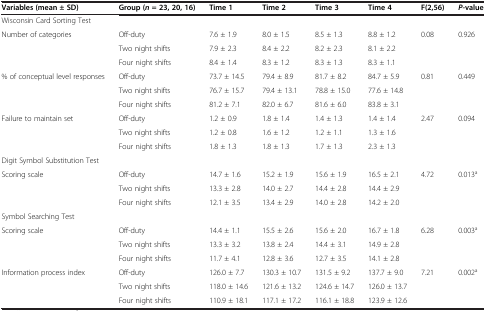
<table><thead><tr><td><b>Variables (mean ± SD)</b></td><td><b>Group (<i>n</i>= 23, 20, 16)</b></td><td><b>Time 1</b></td><td><b>Time 2</b></td><td><b>Time 3</b></td><td><b>Time 4</b></td><td><b>F(2,56)</b></td><td><b><i>P-</i>value</b></td></tr></thead><tbody><tr><td>Wisconsin Card Sorting Test</td><td></td><td></td><td></td><td></td><td></td><td></td><td></td></tr><tr><td rowspan="3">Number of categories</td><td>Off-duty</td><td>7.6 ± 1.9</td><td>8.0 ± 1.5</td><td>8.5 ± 1.3</td><td>8.8 ± 1.2</td><td rowspan="3">0.08</td><td rowspan="3">0.926</td></tr><tr><td>Two night shifts</td><td>7.9 ± 2.3</td><td>8.4 ± 2.2</td><td>8.2 ± 2.3</td><td>8.1 ± 2.2</td></tr><tr><td>Four night shifts</td><td>8.4 ± 1.4</td><td>8.3 ± 1.2</td><td>8.3 ± 1.3</td><td>8.3 ± 1.1</td></tr><tr><td rowspan="3">% of conceptual level responses</td><td>Off-duty</td><td>73.7 ± 14.5</td><td>79.4 ± 8.9</td><td>81.7 ± 8.2</td><td>84.7 ± 5.9</td><td rowspan="3">0.81</td><td rowspan="3">0.449</td></tr><tr><td>Two night shifts</td><td>76.7 ± 15.7</td><td>79.4 ± 13.1</td><td>78.8 ± 15.0</td><td>77.6 ± 14.8</td></tr><tr><td>Four night shifts</td><td>81.2 ± 7.1</td><td>82.0 ± 6.7</td><td>81.6 ± 6.0</td><td>83.8 ± 3.1</td></tr><tr><td rowspan="3">Failure to maintain set</td><td>Off-duty</td><td>1.2 ± 0.9</td><td>1.8 ± 1.4</td><td>1.4 ± 1.3</td><td>1.4 ± 1.4</td><td rowspan="3">2.47</td><td rowspan="3">0.094</td></tr><tr><td>Two night shifts</td><td>1.2 ± 0.8</td><td>1.6 ± 1.2</td><td>1.2 ± 1.1</td><td>1.3 ± 1.6</td></tr><tr><td>Four night shifts</td><td>1.8 ± 1.3</td><td>1.8 ± 1.3</td><td>1.7 ± 1.3</td><td>2.3 ± 1.3</td></tr><tr><td>Digit Symbol Substitution Test</td><td></td><td></td><td></td><td></td><td></td><td></td><td></td></tr><tr><td rowspan="3">Scoring scale</td><td>Off-duty</td><td>14.7 ± 1.6</td><td>15.2 ± 1.9</td><td>15.6 ± 1.9</td><td>16.5 ± 2.1</td><td rowspan="3">4.72</td><td rowspan="3">0.013<sup>a</sup></td></tr><tr><td>Two night shifts</td><td>13.3 ± 2.8</td><td>14.0 ± 2.7</td><td>14.4 ± 2.8</td><td>14.4 ± 2.9</td></tr><tr><td>Four night shifts</td><td>12.1 ± 3.5</td><td>13.4 ± 2.9</td><td>14.0 ± 2.8</td><td>14.2 ± 2.0</td></tr><tr><td>Symbol Searching Test</td><td></td><td></td><td></td><td></td><td></td><td></td><td></td></tr><tr><td rowspan="3">Scoring scale</td><td>Off-duty</td><td>14.4 ± 1.1</td><td>15.5 ± 2.6</td><td>15.6 ± 2.0</td><td>16.7 ± 1.8</td><td rowspan="3">6.28</td><td rowspan="3">0.003<sup>a</sup></td></tr><tr><td>Two night shifts</td><td>13.3 ± 3.2</td><td>13.8 ± 2.4</td><td>14.4 ± 3.1</td><td>14.9 ± 2.8</td></tr><tr><td>Four night shifts</td><td>11.7 ± 4.1</td><td>12.8 ± 3.6</td><td>12.7 ± 3.5</td><td>14.1 ± 2.8</td></tr><tr><td rowspan="3">Information process index</td><td>Off-duty</td><td>126.0 ± 7.7</td><td>130.3 ± 10.7</td><td>131.5 ± 9.2</td><td>137.7 ± 9.0</td><td rowspan="3">7.21</td><td rowspan="3">0.002<sup>a</sup></td></tr><tr><td>Two night shifts</td><td>118.0 ± 14.6</td><td>121.6 ± 13.2</td><td>124.6 ± 14.7</td><td>126.0 ± 13.7</td></tr><tr><td>Four night shifts</td><td>110.9 ± 18.1</td><td>117.1 ± 17.2</td><td>116.1 ± 18.8</td><td>123.9 ± 12.6</td></tr></tbody></table>